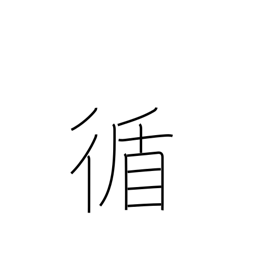
Meaning: sequential